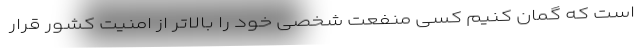
است که گمان کنیم کسی منفعت شخصی خود را بالاتر از امنیت کشور قرار